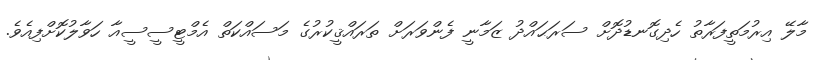
މާލޭ އިރުމަތީފަރާތު ހެދިގޮނޑުދޮށް ސަރަޙައްދު ޒަމާނީ ފެންވަރަށް ތަރައްޤީކުރުގެ މަސައްކަތް އެމްޓީސީސީއާ ހަވާލުކޮށްފިއެވެ.